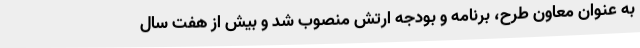
به عنوان معاون طرح، برنامه و بودجه ارتش منصوب شد و بیش از هفت سال